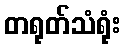
တရုတ်သံရုံး